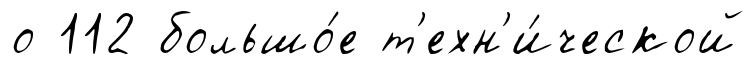
о 112 большо́е т'ехн'и́ческой